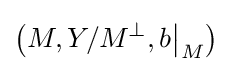
\left(M,Y/M^{\perp },b{\big \vert }_{M}\right)